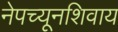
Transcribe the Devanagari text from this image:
नेपच्यूनशिवाय